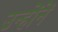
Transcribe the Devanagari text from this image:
उन्हाेंनें